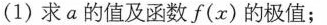
(1)求a的值及函数f(x)的极值；